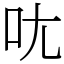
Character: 𫝘